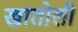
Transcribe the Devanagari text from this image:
खातोली